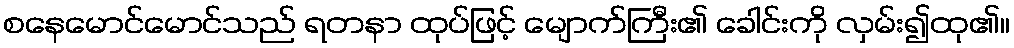
စနေမောင်မောင်သည် ရတနာ ထုပ်ဖြင့် မျောက်ကြီး၏ ခေါင်းကို လှမ်း၍ထု၏။